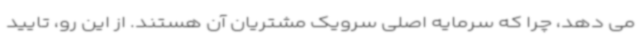
می دهد، چرا که سرمایه اصلی سرویک مشتریان آن هستند. از این رو، تایید